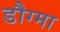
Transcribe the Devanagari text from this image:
डौग्मा